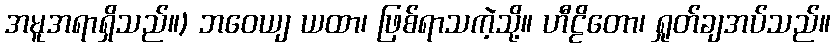
အမူအရာရှိသည်။) ဘဝေယျ ယထာ၊ ဖြစ်ရာသကဲ့သို့။ ဟီဠိတော၊ ရှုတ်ချအပ်သည်။